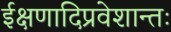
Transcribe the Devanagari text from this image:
ईक्षणादिप्रवेशान्तः